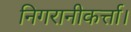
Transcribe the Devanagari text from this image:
निगरानीकर्त्ता।